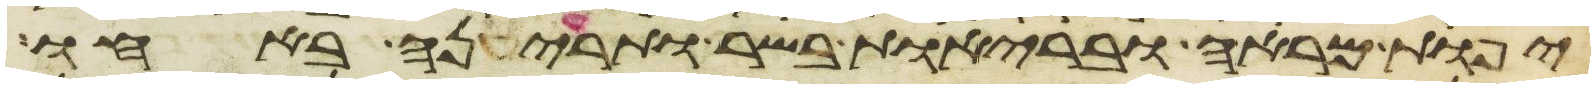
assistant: יפות מראה ובריות בשר ותריענה באחו